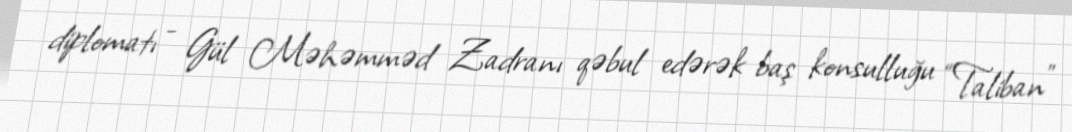
diplomatı - Gül Məhəmməd Zadranı qəbul edərək baş konsulluğu “Taliban”